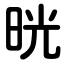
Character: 晄